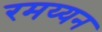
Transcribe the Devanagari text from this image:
रमय्यन